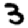
Digit: 3